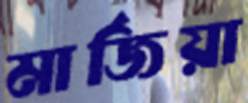
মার্জিয়া